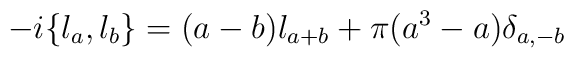
- i\{\l_a,\l_b\}=(a-b)\l_{a+b}+\pi(a^3-a)\delta_{a,-b}